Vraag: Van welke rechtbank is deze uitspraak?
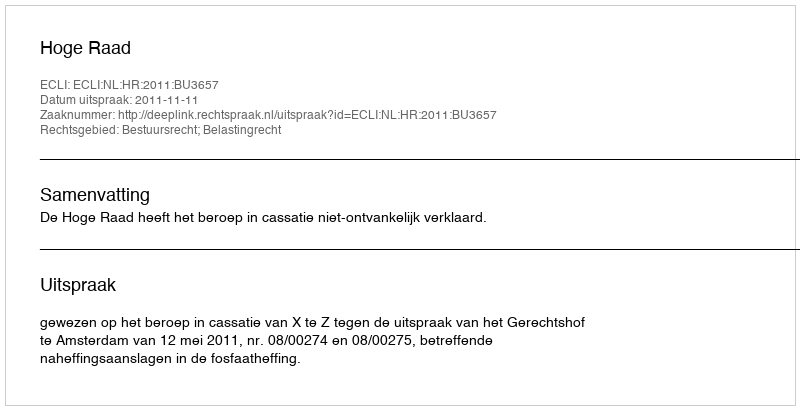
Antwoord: Hoge Raad